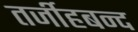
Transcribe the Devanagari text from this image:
तर्जीहबन्द